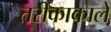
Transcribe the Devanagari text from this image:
तरीकाकाले